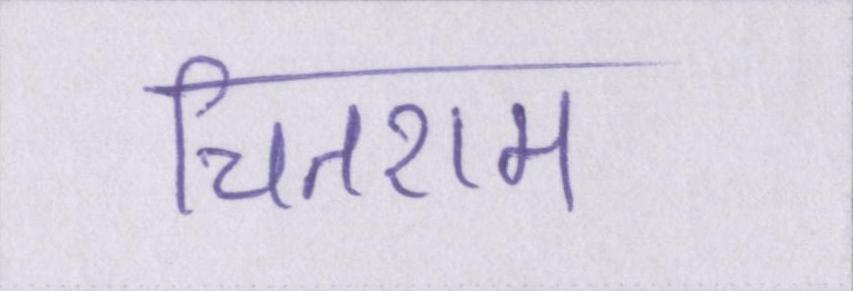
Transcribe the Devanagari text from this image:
चितराम